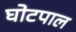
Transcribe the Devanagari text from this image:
घोटपाल